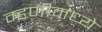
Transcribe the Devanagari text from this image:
म्हणीमध्ये